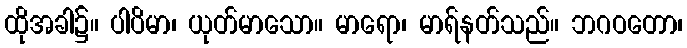
ထိုအခါ၌။ ပါပိမာ၊ ယုတ်မာသော။ မာရော၊ မာရ်နတ်သည်။ ဘဂဝတော၊